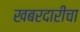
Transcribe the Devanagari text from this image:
खबरदारीचा